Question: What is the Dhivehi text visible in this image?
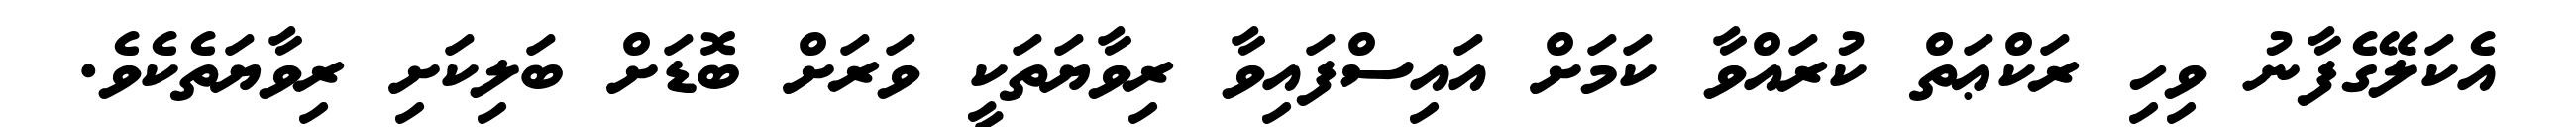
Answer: އެކަލޭގެފާނު ވިހި ރަކްޢަތް ކުރައްވާ ކަމަށް އައިސްފައިވާ ރިވާޔަތަކީ ވަރަށް ބޮޑަށް ބަލިކަށި ރިވާޔަތެކެވެ.